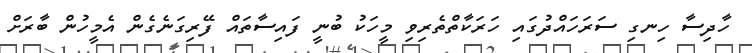
ހާދިސާ ހިނގި ސަރަހައްދުގައި ހަރަކާތްތެރިވި މީހަކު ބުނީ ފައިސާތައް ފޭރިގަނެގެން އެމީހުން ބާރަށް